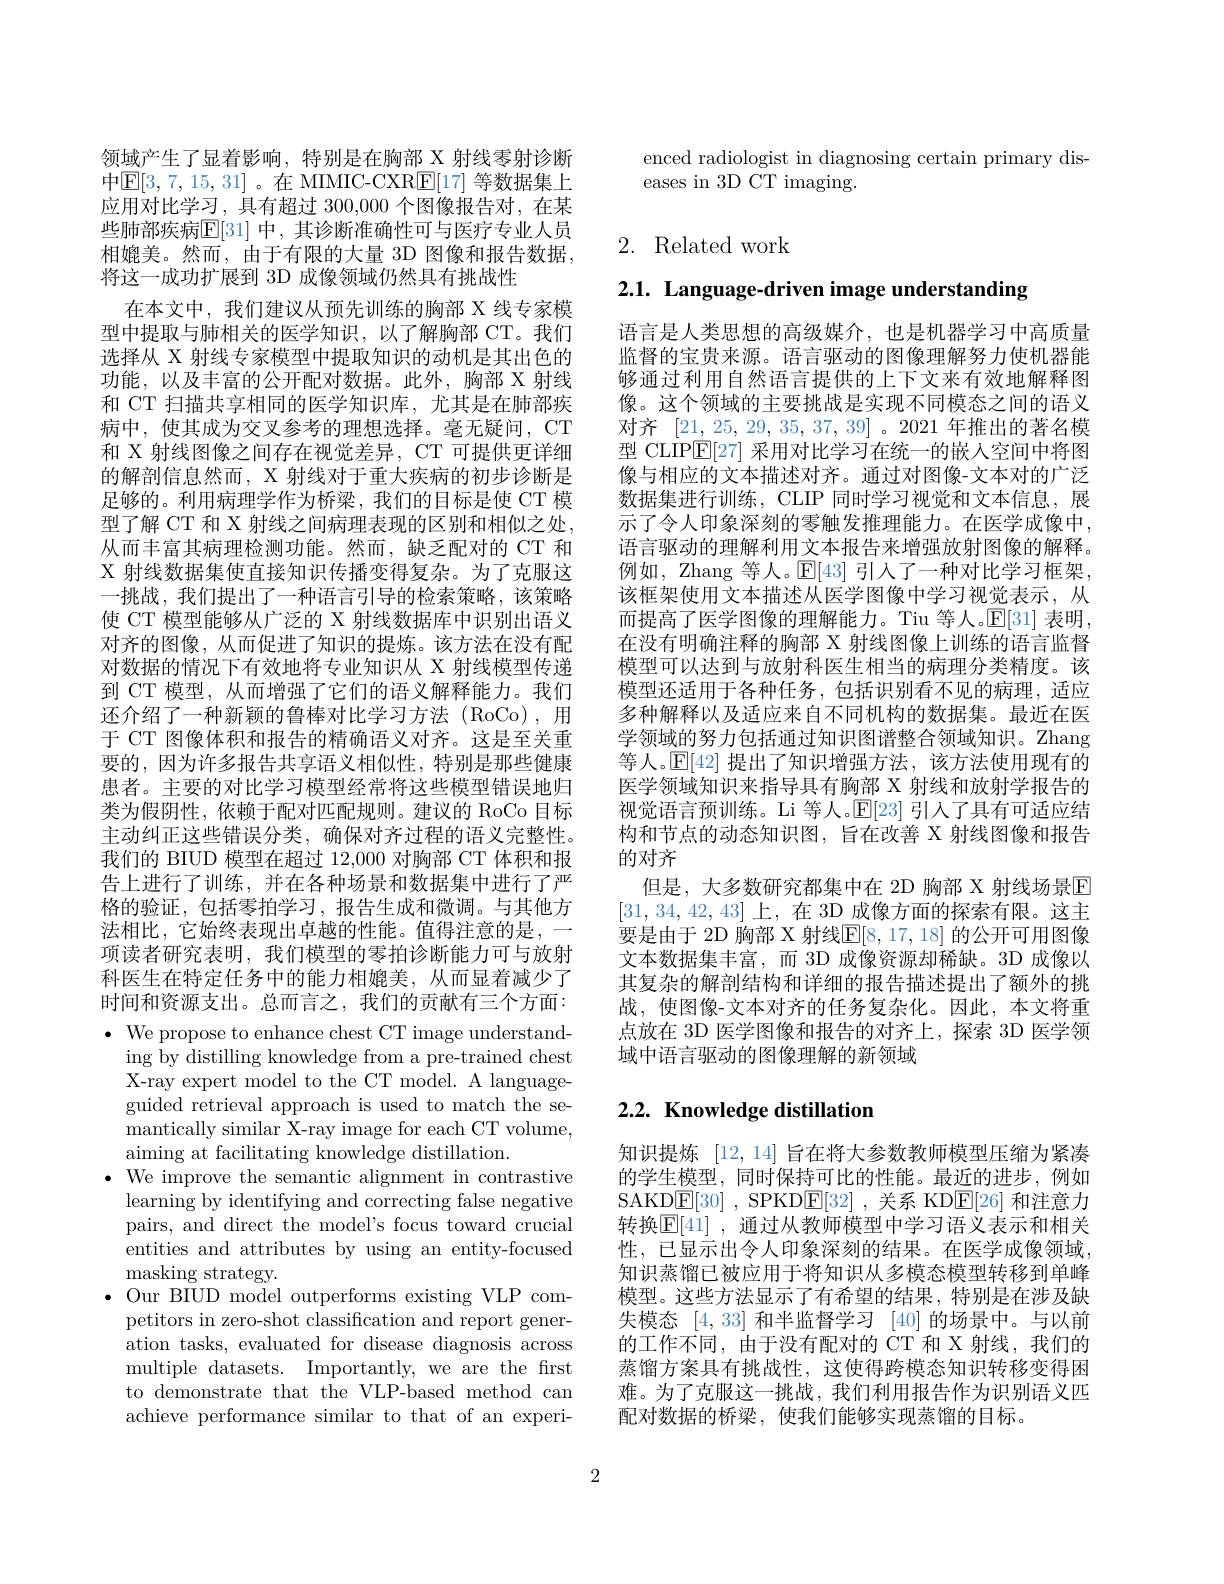
领域产生了显着影响，特别是在胸部 X 射线零射诊断中$\mathsf{E}[3,7,15,31]$。在 MIMIC-CXR$\mathsf{E}[17]$ 等数据集上应用对比学习，具有超过 300,000 个图像报告对，在某些肺部疾病$\overline{\mathrm{E}}[31]$ 中，其诊断准确性可与医疗专业人员相媲美。然而，由于有限的大量 3D 图像和报告数据， 将这一成功扩展到 3D 成像领域仍然具有挑战性
在本文中，我们建议从预先训练的胸部 X 线专家模型中提取与肺相关的医学知识，以了解胸部 CT。我们选择从 X 射线专家模型中提取知识的动机是其出色的功能，以及丰富的公开配对数据。此外，胸部 X 射线和 CT 扫描共享相同的医学知识库，尤其是在肺部疾病中，使其成为交叉参考的理想选择。毫无疑问，CT 和 X 射线图像之间存在视觉差异，CT 可提供更详细的解剖信息然而，X 射线对于重大疾病的初步诊断是足够的。利用病理学作为桥梁，我们的目标是使 CT 模型了解 CT 和 X 射线之间病理表现的区别和相似之处， 从而丰富其病理检测功能。然而，缺乏配对的 CT 和X 射线数据集使直接知识传播变得复杂。为了克服这一挑战，我们提出了一种语言引导的检索策略，该策略使 CT 模型能够从广泛的 X 射线数据库中识别出语义对齐的图像，从而促进了知识的提炼。该方法在没有配对数据的情况下有效地将专业知识从 X 射线模型传递到 CT 模型，从而增强了它们的语义解释能力。我们还介绍了一种新颖的鲁棒对比学习方法(RoCo),用于 CT 图像体积和报告的精确语义对齐。这是至关重要的，因为许多报告共享语义相似性，特别是那些健康患者。主要的对比学习模型经常将这些模型错误地归类为假阴性，依赖于配对匹配规则。建议的 RoCo 目标主动纠正这些错误分类，确保对齐过程的语义完整性。我们的 BIUD 模型在超过 12,000 对胸部 CT 体积和报告上进行了训练，并在各种场景和数据集中进行了严格的验证，包括零拍学习，报告生成和微调。与其他方法相比，它始终表现出卓越的性能。值得注意的是，一项读者研究表明，我们模型的零拍诊断能力可与放射科医生在特定任务中的能力相媲美，从而显着减少了时间和资源支出。总而言之，我们的贡献有三个方面： $\bullet$ We propose to enhance chest CT image understand-
ing by distilling knowledge from a pre-trained chest X-ray expert model to the CT model. A languageguided retrieval approach is used to match the semantically similar X-ray image for each CT volume, aiming at facilitating knowledge distillation.
$\bullet$ We improve the semantic alignment in contrastive
learning by identifying and correcting false negative pairs, and direct the model's focus toward crucial entities and attributes by using an entity-focused masking strategy.
$\bullet$ Our BIUD model outperforms existing VLP com-
petitors in zero-shot classification and report generation tasks, evaluated for disease diagnosis across multiple datasets. Importantly, we are the frst to demonstrate that the VLP-based method can achieve performance similar to that of an experi-

enced radiologist in diagnosing certain primary dis-
eases in 3D CT imaging.

## 2. Related work

2.1. Language-driven image understanding

语言是人类思想的高级媒介，也是机器学习中高质量监督的宝贵来源。语言驱动的图像理解努力使机器能够通过利用自然语言提供的上下文来有效地解释图像。这个领域的主要挑战是实现不同模态之间的语义对齐[21,25,29,35,37,39] 。2021 年推出的著名模型 CLIP$\overline{\mathrm{E}}[27]$采用对比学习在统一的嵌入空间中将图像与相应的文本描述对齐。通过对图像-文本对的广泛数据集进行训练，CLIP 同时学习视觉和文本信息，展示了令人印象深刻的零触发推理能力。在医学成像中， 语言驱动的理解利用文本报告来增强放射图像的解释。例如，Zhang 等人。$\mathbb{E}[43]$ 引入了一种对比学习框架， 该框架使用文本描述从医学图像中学习视觉表示，从而提高了医学图像的理解能力。Tiu 等人。$\mathbb{E}[31]$表明在没有明确注释的胸部 X 射线图像上训练的语言监督模型可以达到与放射科医生相当的病理分类精度。该模型还适用于各种任务，包括识别看不见的病理，适应多种解释以及适应来自不同机构的数据集。最近在医学领域的努力包括通过知识图谱整合领域知识。Zhang 等人。$\mathbb{E}[42]$提出了知识增强方法，该方法使用现有的医学领域知识来指导具有胸部 X 射线和放射学报告的视觉语言预训练。Li 等人。$\mathbb{E}[23]$引人了具有可适应结构和节点的动态知识图，旨在改善 X 射线图像和报告的对齐
但是，大多数研究都集中在 2D 胸部 X 射线场景$\mathbb{E}$ [31,34,42,43]上，在 3D 成像方面的探索有限。这主要是由于 2D 胸部 X 射线$\mathbb{E}[8,17,18]$ 的公开可用图像文本数据集丰富，而 3D 成像资源却稀缺。3D 成像以其复杂的解剖结构和详细的报告描述提出了额外的挑战，使图像-文本对齐的任务复杂化。因此，本文将重点放在 3D 医学图像和报告的对齐上，探索 3D 医学领域中语言驱动的图像理解的新领域

## $2. 2. \textbf{ Knowledge distillation}$

知识提炼 [12,14] 旨在将大参数教师模型压缩为紧凑的学生模型，同时保持可比的性能。最近的进步，例如SAKD$\underline {\mathrm{E} }[ 30]$ , SPKD$\underline {\mathrm{E} }[ 32]$ ,关系 KD$\underline{\mathrm{E}}[26]$和注意力转换$\mathbb{E}[41]$ ,通过从教师模型中学习语义表示和相关性，已显示出令人印象深刻的结果。在医学成像领域， 知识蒸馏已被应用于将知识从多模态模型转移到单峰模型。这些方法显示了有希望的结果，特别是在涉及缺失模态[4,33]和半监督学习[40]的场景中。与以前的工作不同，由于没有配对的 CT 和 X 射线，我们的蒸馏方案具有挑战性，这使得跨模态知识转移变得困难。为了克服这一挑战，我们利用报告作为识别语义匹配对数据的桥梁，使我们能够实现蒸馏的目标。

2